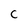
Character: C